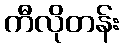
ကီလိုတန်း